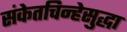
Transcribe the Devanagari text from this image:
संकेतचिन्हेसुद्धा